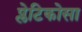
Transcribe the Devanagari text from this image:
प्लेटिकोसा